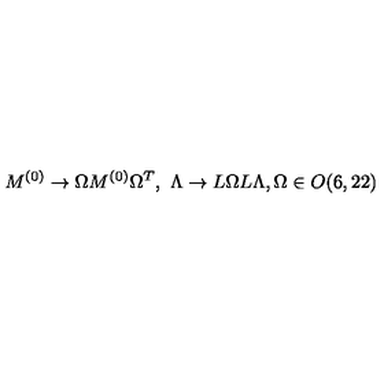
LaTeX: M ^ { ( 0 ) } \to \Omega M ^ { ( 0 ) } \Omega ^ { T } , \ \Lambda \to L \Omega L \Lambda , \Omega \in O ( 6 , 2 2 )